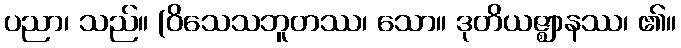
ပညာ၊ သည်။ (ဝိသေသဘူတဿ၊ သော။ ဒုတိယဇ္ဈာနဿ၊ ၏။